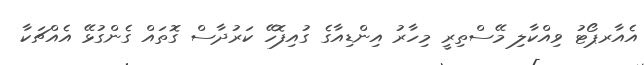
އެއާރޕޯޓު ވިއްކާލި މޭސްތިރީ މިހާރު އިންޑިއާގެ ގުއިފޮހޭ ކަރުދާސް ގޮތައް ގެންގުޅޭ އެއްޗަކާ